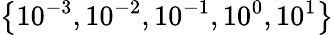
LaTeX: \left\{ 10^{-3},10^{-2},10^{-1},10^{0},10^{1}\right\}